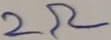
Text: 2Ω